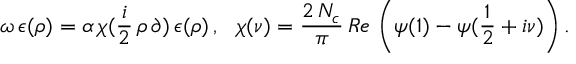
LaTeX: \omega \, \epsilon ( \rho ) = \alpha \, \chi ( \frac i 2 \, \rho \, \partial ) \, \epsilon ( \rho ) \, , \, \, \, \, \chi ( \nu ) = \frac { 2 \, N _ { c } } \pi \, R e \, \left( \psi ( 1 ) - \psi ( \frac 1 2 + i \nu ) \right) .